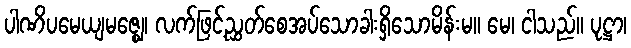
ပါဏိပမေယျမဇ္ဈေ၊ လက်ဖြင့်ညွှတ်စေအပ်သောခါးရှိသောမိန်းမ။ မေ၊ ငါသည်။ ပုဋ္ဌာ၊